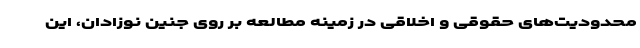
محدودیت‌های حقوقی و اخلاقی در زمینه مطالعه بر روی جنین نوزادان، این